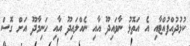
ކުޅުދުއްފުއްޓާއި އެ އަތޮޅު ނާވައިދޫ އާއި ނެއްލައިދޫ އާއި ހަނިމާދޫ އަށް ގޮސް